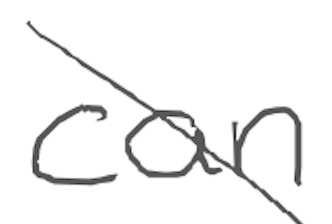
Text: can
Cross-out: diagonal
Writing tool: digital_gray